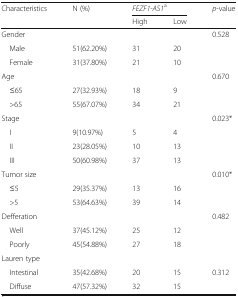
<table><thead><tr><td><b>Characteristics</b></td><td><b>N (%)</b></td><td colspan="2"><b><i>FEZF1-AS1</i><sup>a</sup></b></td><td><b><i>p</i>-value</b></td></tr><tr><td></td><td></td><td><b>High</b></td><td><b>Low</b></td><td></td></tr></thead><tbody><tr><td>Gender</td><td></td><td></td><td></td><td>0.528</td></tr><tr><td> Male</td><td>51(62.20%)</td><td>31</td><td>20</td><td></td></tr><tr><td> Female</td><td>31(37.80%)</td><td>21</td><td>10</td><td></td></tr><tr><td>Age</td><td></td><td></td><td></td><td>0.670</td></tr><tr><td> ≤65</td><td>27(32.93%)</td><td>18</td><td>9</td><td></td></tr><tr><td> &gt;65</td><td>55(67.07%)</td><td>34</td><td>21</td><td></td></tr><tr><td>Stage</td><td></td><td></td><td></td><td>0.023*</td></tr><tr><td> I</td><td>9(10.97%)</td><td>5</td><td>4</td><td></td></tr><tr><td> II</td><td>23(28.05%)</td><td>10</td><td>13</td><td></td></tr><tr><td> III</td><td>50(60.98%)</td><td>37</td><td>13</td><td></td></tr><tr><td>Tumor size</td><td></td><td></td><td></td><td>0.010*</td></tr><tr><td> ≤5</td><td>29(35.37%)</td><td>13</td><td>16</td><td></td></tr><tr><td> &gt;5</td><td>53(64.63%)</td><td>39</td><td>14</td><td></td></tr><tr><td>Defferation</td><td></td><td></td><td></td><td>0.482</td></tr><tr><td> Well</td><td>37(45.12%)</td><td>25</td><td>12</td><td></td></tr><tr><td> Poorly</td><td>45(54.88%)</td><td>27</td><td>18</td><td></td></tr><tr><td>Lauren type</td><td></td><td></td><td></td><td></td></tr><tr><td> Intestinal</td><td>35(42.68%)</td><td>20</td><td>15</td><td>0.312</td></tr><tr><td> Diffuse</td><td>47(57.32%)</td><td>32</td><td>15</td><td></td></tr></tbody></table>